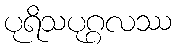
ပုရိသပုဂ္ဂလဿ